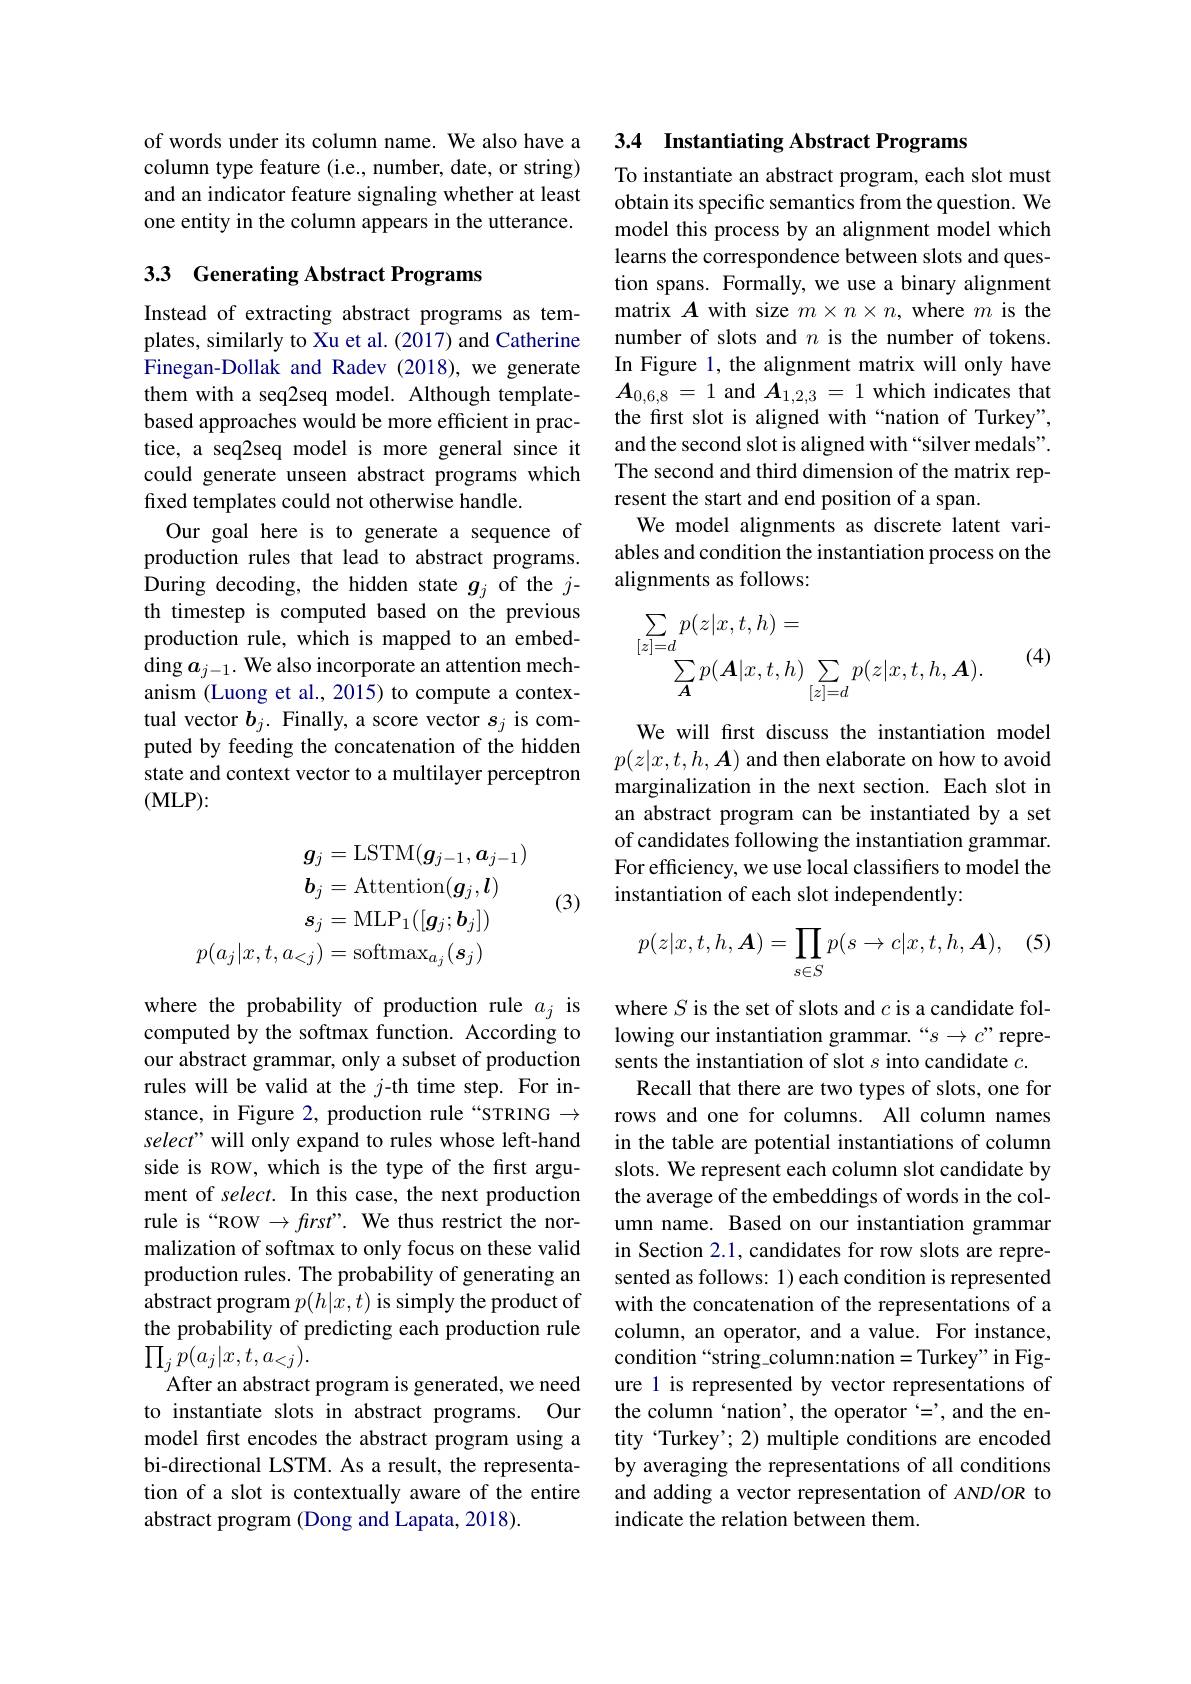
of words under its column name. We also have a column type feature (i.e., number, date, or string) and an indicator feature signaling whether at least one entity in the column appears in the utterance.

## 33 Generating Abstract Programs

Instead of extracting abstract programs as templates, similarly to Xu et al. (2017) and Catherine Finegan-Dollak and Radev (2018), we generate them with a seq2seq model. Although templatebased approaches would be more efficient in practice, a seq2seq model is more general since it could generate unseen abstract programs which fixed templates could not otherwise handle.
Our goal here is to generate a sequence of production rules that lead to abstract programs. During decoding, the hidden state $g_j$ of the $j$- th timestep is computed based on the previous production rule, which is mapped to an embed- $\operatorname{ding}\boldsymbol{a}_{j-1}.$ We also incorporate an attention mechanism (Luong et al., 2015) to compute a contextual vector $b_j.$ Finally, a score vector $s_j$ is computed by feeding the concatenation of the hidden state and context vector to a multilayer perceptron (MLP):

(3)
$$\boldsymbol{g}_{j}=\mathrm{LSTM}(\boldsymbol{g}_{j-1},\boldsymbol{a}_{j-1})\\\boldsymbol{b}_{j}=\mathrm{Attention}(\boldsymbol{g}_{j},\boldsymbol{l})\\\boldsymbol{s}_{j}=\mathrm{MLP}_{1}([\boldsymbol{g}_{j};\boldsymbol{b}_{j}])\\p(a_{j}|x,t,a_{<j})=\mathrm{softmax}_{a_{j}}(\boldsymbol{s}_{j})$$
where the probability of production rule $a_j$ is computed by the softmax function. According to our abstract grammar, only a subset of production rules will be valid at the $j$-th time step. For instance, in Figure 2, production rule“STRING $\to$ select" will only expand to rules whose left-hand side is ROW, which is the type of the first argument of select. In this case, the next production rule is“ROW $\to ftrst”.$ We thus restrict the normalization of softmax to only focus on these valid production rules. The probability of generating an abstract program $p(h|x,t)$ is simply the product of the probability of predicting each production rule $\prod_{j}p(a_{j}|x,t,a_{<j}).$
After an abstract program is generated, we need to instantiate slots in abstract programs. Our model frst encodes the abstract program using a bi-directional LSTM. As a result, the representation of a slot is contextually aware of the entire abstract program (Dong and Lapata, 2018).

## 3.4 Instantiating Abstract Programs

To instantiate an abstract program, each slot must obtain its specific semantics from the question. We model this process by an alignment model which learns the correspondence between slots and question spans. Formally, we use a binary alignment matrix $A$ with size $m\times n\times n$, where $m$ is the number of slots and $n$ is the number of tokens. In Figure 1, the alignment matrix will only have $\boldsymbol{A}_{0,6,8}=1$ and $\boldsymbol{A}_{1,2,3}=1$ which indicates that the first slot is aligned with “nation of Turkey”, and the second slot is aligned with “silver medals”. The second and third dimension of the matrix represent the start and end position of a span.
We model alignments as discrete latent variables and condition the instantiation process on the alignments as follows:
$$\sum\limits_{[z]=d}p(z|x,t,h)=\\\sum\limits_{\boldsymbol{A}}p(\boldsymbol{A}|x,t,h)\sum\limits_{[z]=d}p(z|x,t,h,\boldsymbol{A}).$$
(4)

We will frst discuss the instantiation model $p(z|x,t,h,\boldsymbol{A})$ and then elaborate on how to avoid marginalization in the next section. Each slot in an abstract program can be instantiated by a set of candidates following the instantiation grammar. For efficiency, we use local classifiers to model the instantiation of each slot independently:

(5)
$$p(z|x,t,h,\boldsymbol A)=\prod_{s\in S}p(s\to c|x,t,h,\boldsymbol A),$$
where $S$ is the set of slots and $c$ is a candidate following our instantiation grammar.“s→c”represents the instantiation of slot $s$ into candidate $c.$
Recall that there are two types of slots, one for rows and one for columns. All column names in the table are potential instantiations of column slots. We represent each column slot candidate by the average of the embeddings of words in the column name. Based on our instantiation grammar in Section 2.1, candidates for row slots are represented as follows: 1) each condition is represented with the concatenation of the representations of a column, an operator, and a value. For instance, condition “string\_column:nation=Turkey" in Figure 1 is represented by vector representations of the column‘nation’, the operator‘=', and the entity ‘Turkey’; 2) multiple conditions are encoded by averaging the representations of all conditions and adding a vector representation of AND/OR to indicate the relation between them.